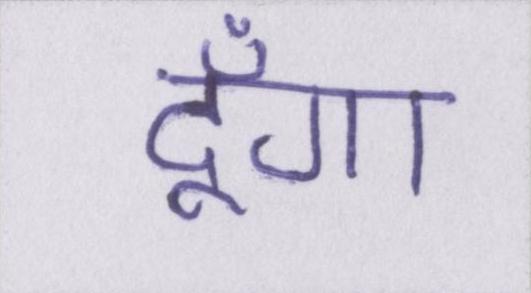
दूँगा